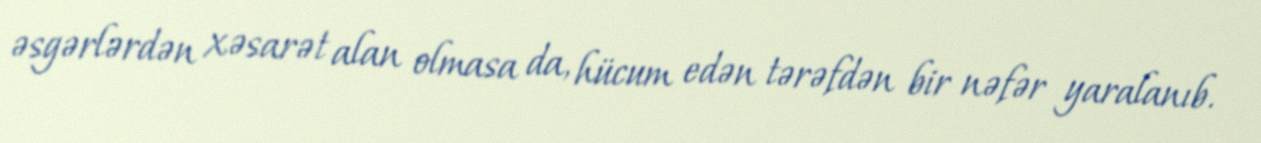
əsgərlərdən xəsarət alan olmasa da, hücum edən tərəfdən bir nəfər yaralanıb.